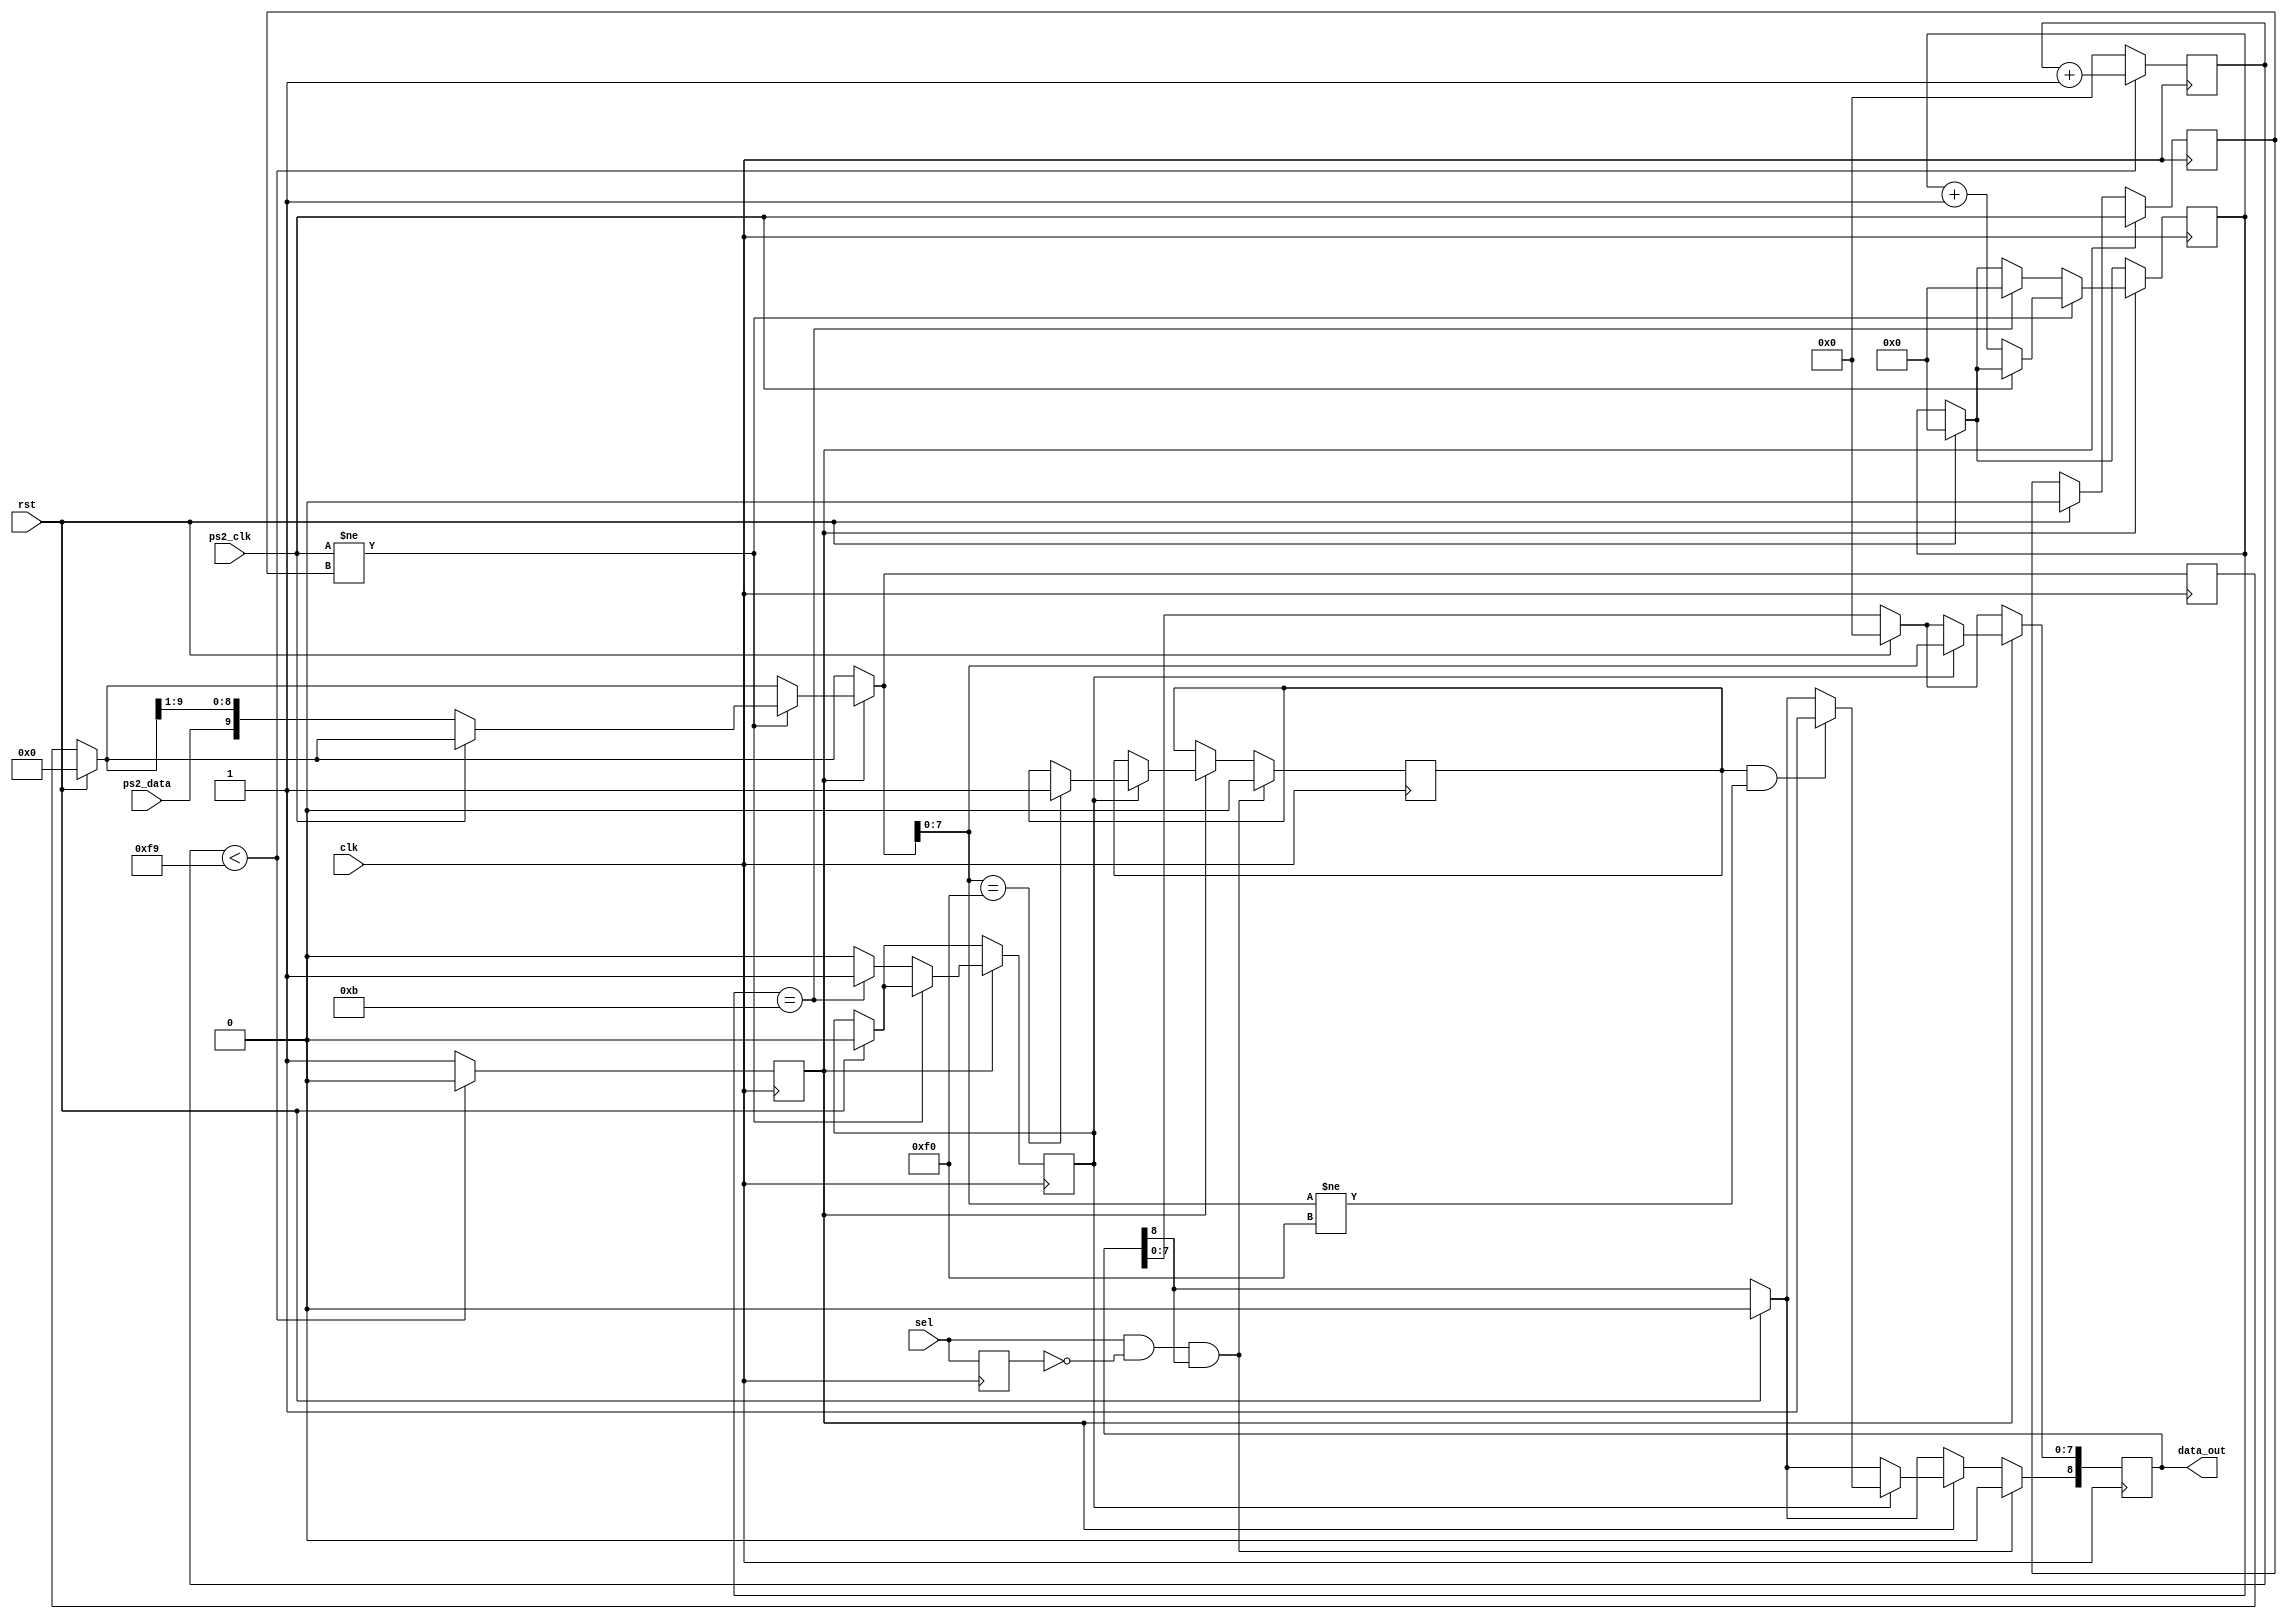
`timescale 1ns / 1ps


module xps2 (
			input			clk, // System clock
			input			sel, // Module selection input
			input			rst, // Module reset input
			input			ps2_clk, // Clock pin form keyboard
			input			ps2_data, //Data pin form keyboard
			output reg[8:0]	data_out // {new_bit, scan_code} Keypress data output and new bit
	      );

reg [9:0] scan_code = 10'b0; // {stop_bit, parity_bit, scan_code_byte} start bit is ignored

reg [3:0] count = 4'b0;
reg previous_state;			
reg trigger;
reg trig_arr;
reg [7:0] downcounter= 8'b0;	
reg previous_sel;
reg  key_released;

always @(posedge clk) begin	
					
	if (rst) begin
		data_out <= 9'b0;
		scan_code = 10'b0;
		count <= 4'b0;
		trig_arr <= 1'b0;
		trigger <= 1'b0;
		downcounter <= 8'b0;
		previous_state <= 1'b0;
		previous_sel <=1'b0;
	end
	
	// sample the ps2 clk at a frequency lower than the system clock
	if (downcounter< 249) begin			 
		downcounter <= downcounter + 1;
		trigger <= 1'b0;
	end
	else begin
		downcounter <= 1'b0;
		trigger <= 1'b1;
	end
		
	if (trigger) begin						
		if (ps2_clk != previous_state) begin			
			if (!ps2_clk) begin				
				count <= count + 1;
				scan_code[9:0] = {ps2_data, scan_code[9:1]}; // shift the bits in
			end
		end
		else if (count == 11) begin // byte transfer finished
			trig_arr <= 1'b1;	
			count <=1'b0;
		end	
		else						
			trig_arr <= 1'b0;
			
		previous_state <= ps2_clk;					

	end
	
	if (trigger) begin					
		if (trig_arr) begin
			if (scan_code [7:0] == 8'hF0) key_released <= 1'b1;
			if (key_released == 1 && scan_code[7:0]!= 8'hF0) data_out[8] <= 1'b1; // set 'new' bit
			data_out[7:0] <= scan_code[7:0];
		end				
	end
	
	// when 'sel' is driven low reset the 'new' bit
	if (sel == 1 && previous_sel ==0 && data_out[8]==1) begin
		data_out[8] <= 1'b0;
		key_released <= 0;
	end
	previous_sel <= sel;
			
end
	
	
endmodule